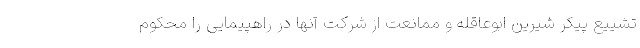
تشییع پیکر شیرین ابوعاقله و ممانعت از شرکت آنها در راهپیمایی را محکوم